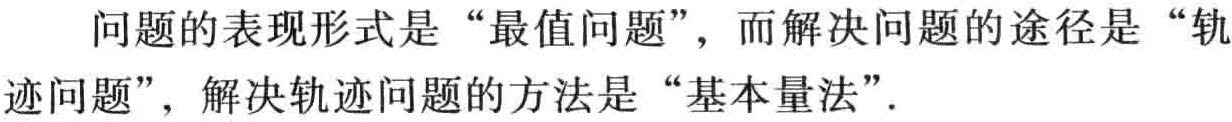
问题的表现形式是“最值问题”，而解决问题的途径是“轨迹问题”，解决轨迹问题的方法是“基本量法”.